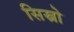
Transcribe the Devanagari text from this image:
सिस्नो